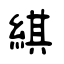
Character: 綨